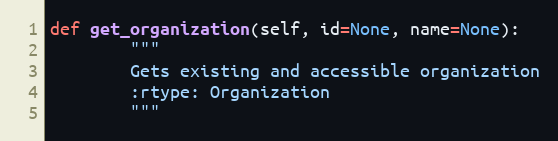
Language: Python
def get_organization(self, id=None, name=None):
        """
        Gets existing and accessible organization
        :rtype: Organization
        """